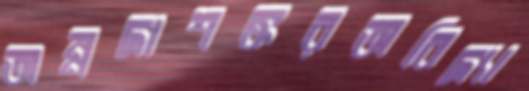
অন্নদাশঙ্করঅবিদ্যা